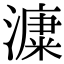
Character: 𣾩